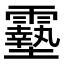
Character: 𩆔